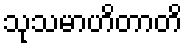
သုသမာဟိတာတိ